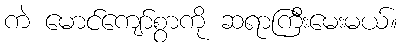
ကဲ မောင်ကျော်စွာကို ဆရာကြီးမေးမယ်။